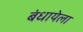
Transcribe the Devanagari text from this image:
बंधायेला